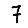
Digit: 7